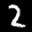
Label: 2